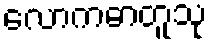
လောကဓာတူသု